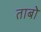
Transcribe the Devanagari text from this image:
ताबो